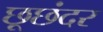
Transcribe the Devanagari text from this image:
छूछंदर